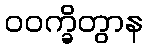
ဝဝက္ခိတွာန